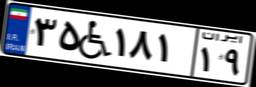
۳۵W۱۸۱۱۹